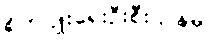
စိုက်ပျိုးရေးဦးစီးဌာနမှ